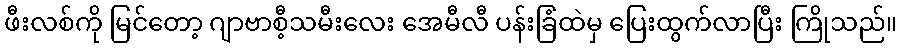
ဖီးလစ်ကို မြင်တော့ ဂျာဗာစီ့သမီးလေး အေမီလီ ပန်းခြံထဲမှ ပြေးထွက်လာပြီး ကြိုသည်။